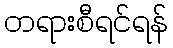
တရားစီရင်ရန်